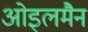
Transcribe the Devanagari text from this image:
ओइलमैन